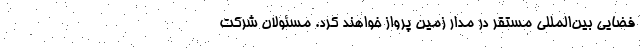
فضایی بین‌المللی مستقر در مدار زمین پرواز خواهند کرد. مسئولان شرکت